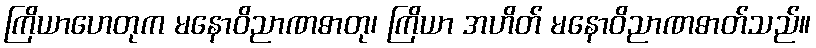
ကြိယာဟေတုက မနောဝိညာဏဓာတု၊ ကြိယာ အဟိတ် မနောဝိညာဏဓာတ်သည်။